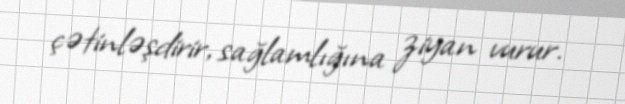
çətinləşdirir, sağlamlığına ziyan vurur.